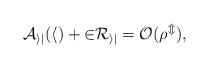
LaTeX: \begin{align*}\cal A_{ij}(h)+2R_{ij}=O(\rho^m),\end{align*}